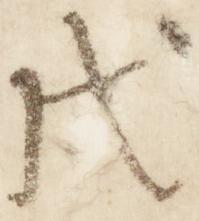
戊